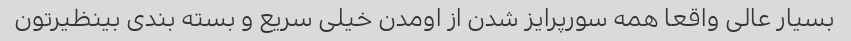
بسیار عالی واقعا همه سورپرایز شدن از اومدن خیلی سریع و بسته بندی بینظیرتون